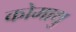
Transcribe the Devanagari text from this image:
कोमाथु